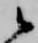
候